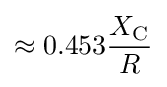
\approx 0.453{\frac {X_{\mathrm {C} }}{R}}